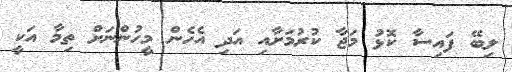
ލިބޭ ފައިސާ ކޮޅު މަޖާ ކުރުމަށާއި އަދި އެހެން މީހުންނަށް ތިމާ އަކީ